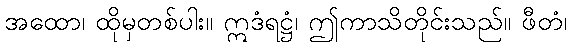
အထော၊ ထိုမှတစ်ပါး။ ဣဒံရဋ္ဌံ၊ ဤကာသိတိုင်းသည်။ ဖီတံ၊